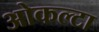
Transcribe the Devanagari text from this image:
ओकल्टा